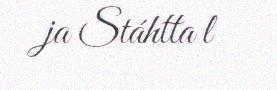
ja Stáhtta l